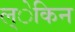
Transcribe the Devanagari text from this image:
ल्ेकिन